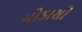
મોડાસો